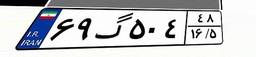
۶۹گ۵۰۴۴۸